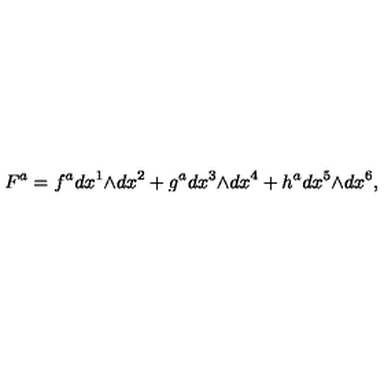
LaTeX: F ^ { a } = f ^ { a } d x ^ { 1 } \mathrm { \tiny \wedge } d x ^ { 2 } + g ^ { a } d x ^ { 3 } \mathrm { \tiny \wedge } d x ^ { 4 } + h ^ { a } d x ^ { 5 } \mathrm { \tiny \wedge } d x ^ { 6 } ,